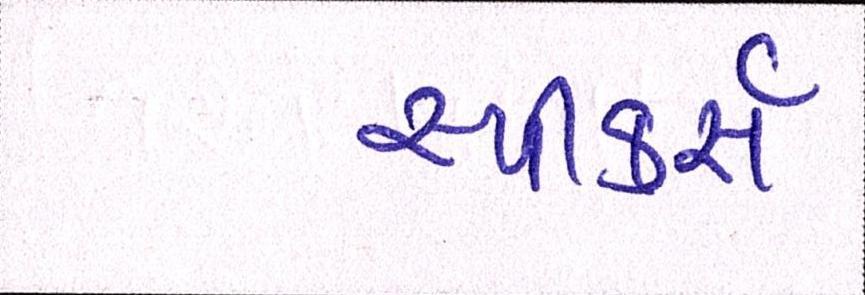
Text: સ્પીકર્સ